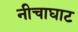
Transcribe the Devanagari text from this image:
नीचाघाट